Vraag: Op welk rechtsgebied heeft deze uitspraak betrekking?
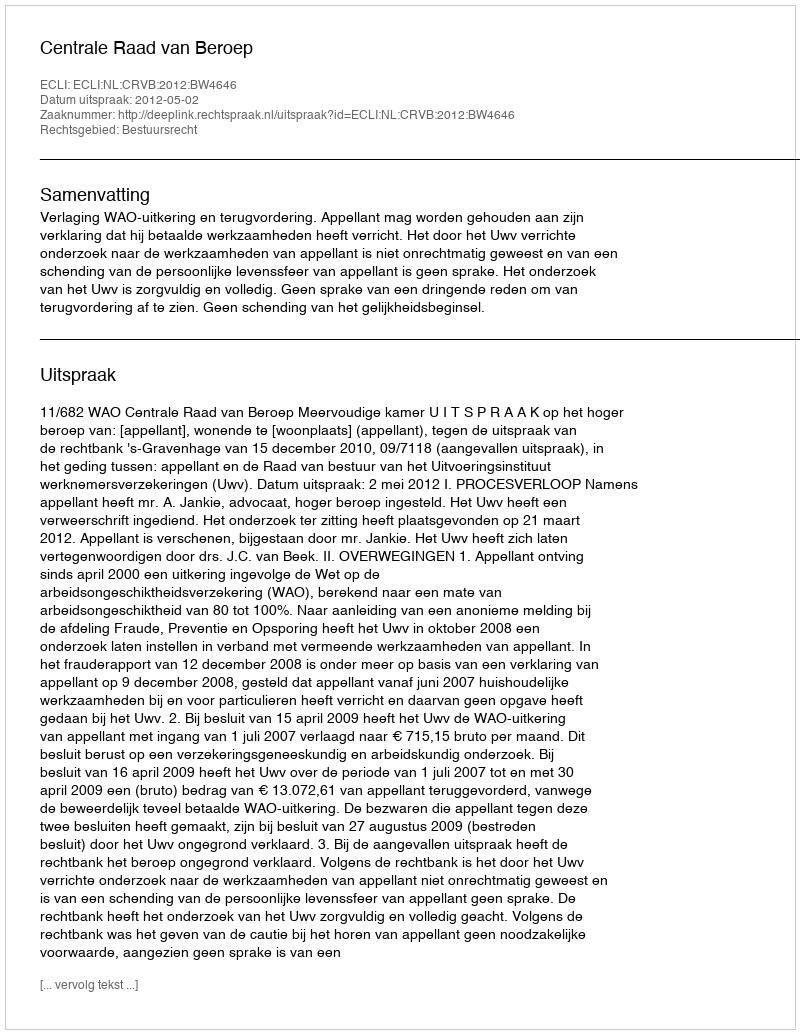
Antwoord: Bestuursrecht